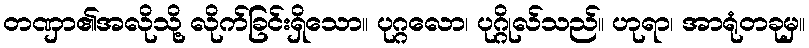
တဏှာ၏အလိုသို့ လိုက်ခြင်းရှိသော။ ပုဂ္ဂလော၊ ပုဂ္ဂိုလ်သည်။ ဟုရာ၊ အာရုံတခုမှ။